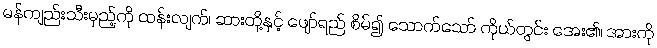
မန်ကျည်းသီးမှည့်ကို ထန်းလျက်၊ ဆားတို့နှင့် ဖျော်ရည် စိမ်၍ သောက်သော် ကိုယ်တွင်း အေး၏၊ အားကို